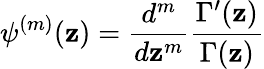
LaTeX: \psi^{(m)}(\mathbf{z})={\frac{{d^{m}}}{{d\mathbf{z}^{m}}}}{\frac{{\Gamma^{\prime}(\mathbf{z})}}{{\Gamma(\mathbf{z})}}}